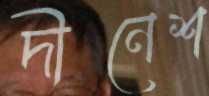
দীনেশ